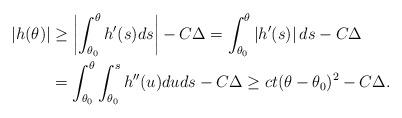
LaTeX: \begin{align*} |h(\theta)| &\ge \left|\int_{\theta_0}^{\theta} h'(s)ds\right|-C\Delta=\int_{\theta_0}^{\theta} \left|h'(s)\right|ds-C\Delta\\ &=\int_{\theta_0}^\theta \int_{\theta_0}^s h''(u)duds-C\Delta\geq ct(\theta-\theta_0)^2-C\Delta.\end{align*}